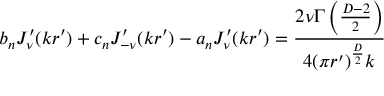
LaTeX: b _ { n } J _ { \nu } ^ { \prime } ( k r ^ { \prime } ) + c _ { n } J _ { - \nu } ^ { \prime } ( k r ^ { \prime } ) - a _ { n } J _ { \nu } ^ { \prime } ( k r ^ { \prime } ) = { \frac { 2 \nu \Gamma \left( { \frac { D - 2 } { 2 } } \right) } { 4 ( \pi r ^ { \prime } ) ^ { \frac { D } { 2 } } k } }